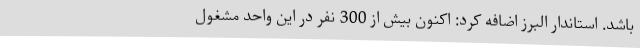
باشد. استاندار البرز اضافه کرد: اکنون بیش از 300 نفر در این واحد مشغول